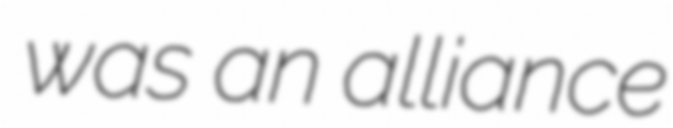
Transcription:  was an alliance